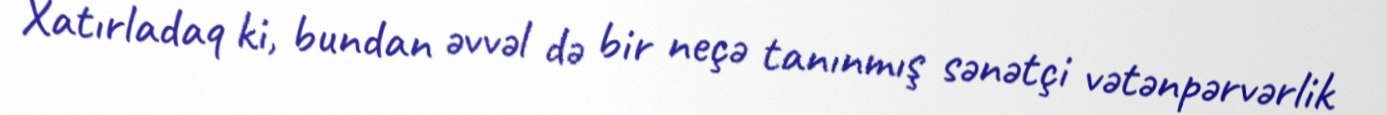
Xatırladaq ki, bundan əvvəl də bir neçə tanınmış sənətçi vətənpərvərlik